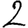
Digit: 2